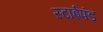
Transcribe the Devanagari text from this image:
स्टाईपंड